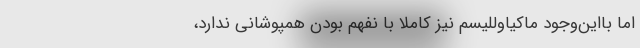
اما بااین‌وجود ماکیاوللیسم نیز کاملاً با نفهم بودن همپوشانی ندارد،